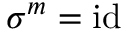
\sigma ^ { m } = \mathrm { i d }